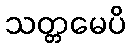
သတ္တမေပိ